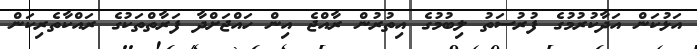
އަޅުކަން އަދާކުރުމުގެ ފުރުސަތު ލިބުމުގެ އިތުރުން ރާއްޖެ އިން ހައްޖަށްދާ ފަރާތްތަކުގެ ރައްކާތެރިކަން